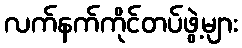
လက်နက်ကိုင်တပ်ဖွဲ့များ